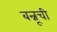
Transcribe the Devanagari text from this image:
बन्नूची